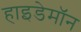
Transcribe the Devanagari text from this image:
हाइडेमॉन